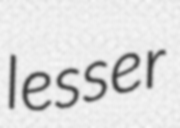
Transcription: lesser